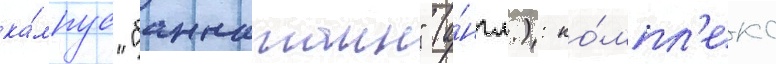
ка́мпус "баннатаин" (а́нгл.): ко́мпл'екс